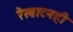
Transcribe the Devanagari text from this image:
रेखाटनही